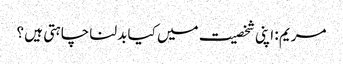
مریم : اپنی شخصیت میں کیا بدلنا چاہتی ہیں ؟